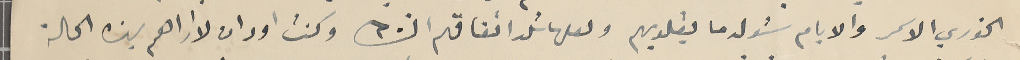
الخوري الاسمر والايام ستولد ما بقلوبهم ولعلها تلد اتفاقهم انشالله وكنت اود ان لا اراهم بهذه الحالة